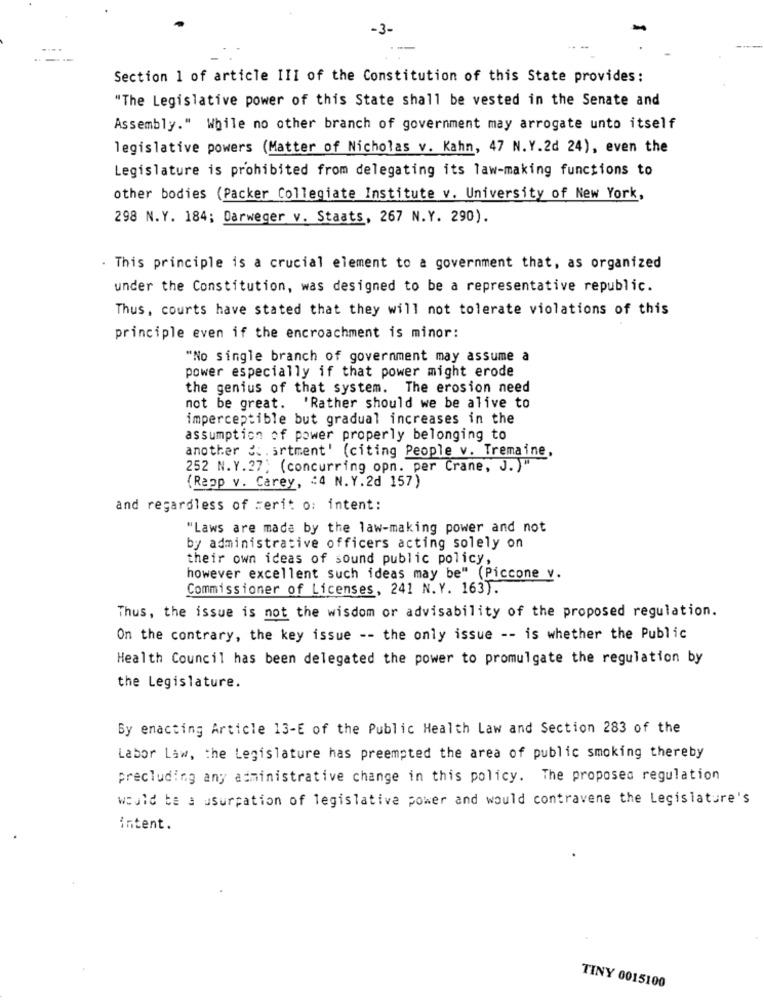
-3-
Section 1 of article III of the Constitution of this State provides:
"The Legislative power of this State shall be vested in the Senate and
Assembly." While no other branch of government may arrogate unto itself
legislative powers (Matter of Nicholas v. Kahn, 47 N.Y.2d 24), even the
Legislature is prohibited from delegating its law-making functions to
other bodies (Packer Collegiate Institute v. University of New York,
298 N.Y. 184; Darweger v. Staats, 267 N.Y. 290).
. This principle is a crucial element to a government that, as organized
under the Constitution, was designed to be a representative republic.
Thus, courts have stated that they will not tolerate violations of this
principle even if the encroachment is minor:
"No single branch of government may assume a
power especially if that power might erode
the genius of that system. The erosion need
not be great. 'Rather should we be alive to
imperceptible but gradual increases in the
assumption of power properly belonging to
another d :. artment' (citing People v. Tremaine,
252 N.Y.27; (concurring opn. per Crane, J. )"
(Rapp v. Carey, "4 N.Y.2d 157)
and regardless of merit o: intent:
"Laws are made by the law-making power and not
by administrative officers acting solely on
their own ideas of sound public policy,
however excellent such ideas may be" (Piccone v.
Commissioner of Licenses, 241 N.Y. 163).
Thus, the issue is not the wisdom or advisability of the proposed regulation.
On the contrary, the key issue -- the only issue -- is whether the Public
Health Council has been delegated the power to promulgate the regulation by
the Legislature.
By enacting Article 13-E of the Public Health Law and Section 283 of the
Labor Law, the Legislature has preempted the area of public smoking thereby
precluding any administrative change in this policy. The proposed regulation
would be a usurpation of legislative power and would contravene the Legislature's
intent.
TINY 0015100